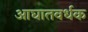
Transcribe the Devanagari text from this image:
आघातवर्धक